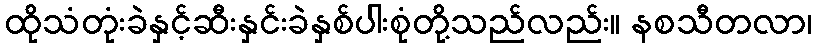
ထိုသံတုံးခဲနှင့်ဆီးနှင်းခဲနှစ်ပါးစုံတို့သည်လည်း။ နစသီတလာ၊